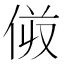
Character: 𠈼